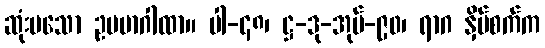
ဆုံးမသော ဥပမာဂါထာ။ ပါ-၄၈၊ ဋ္ဌ-ဒု-အုပ်-၉၀၊ ရာဂ နှိပ်စက်က